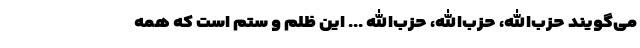
می‌گویند حزب‌الله، حزب‌الله، حزب‌الله ... این ظلم و ستم است که همه